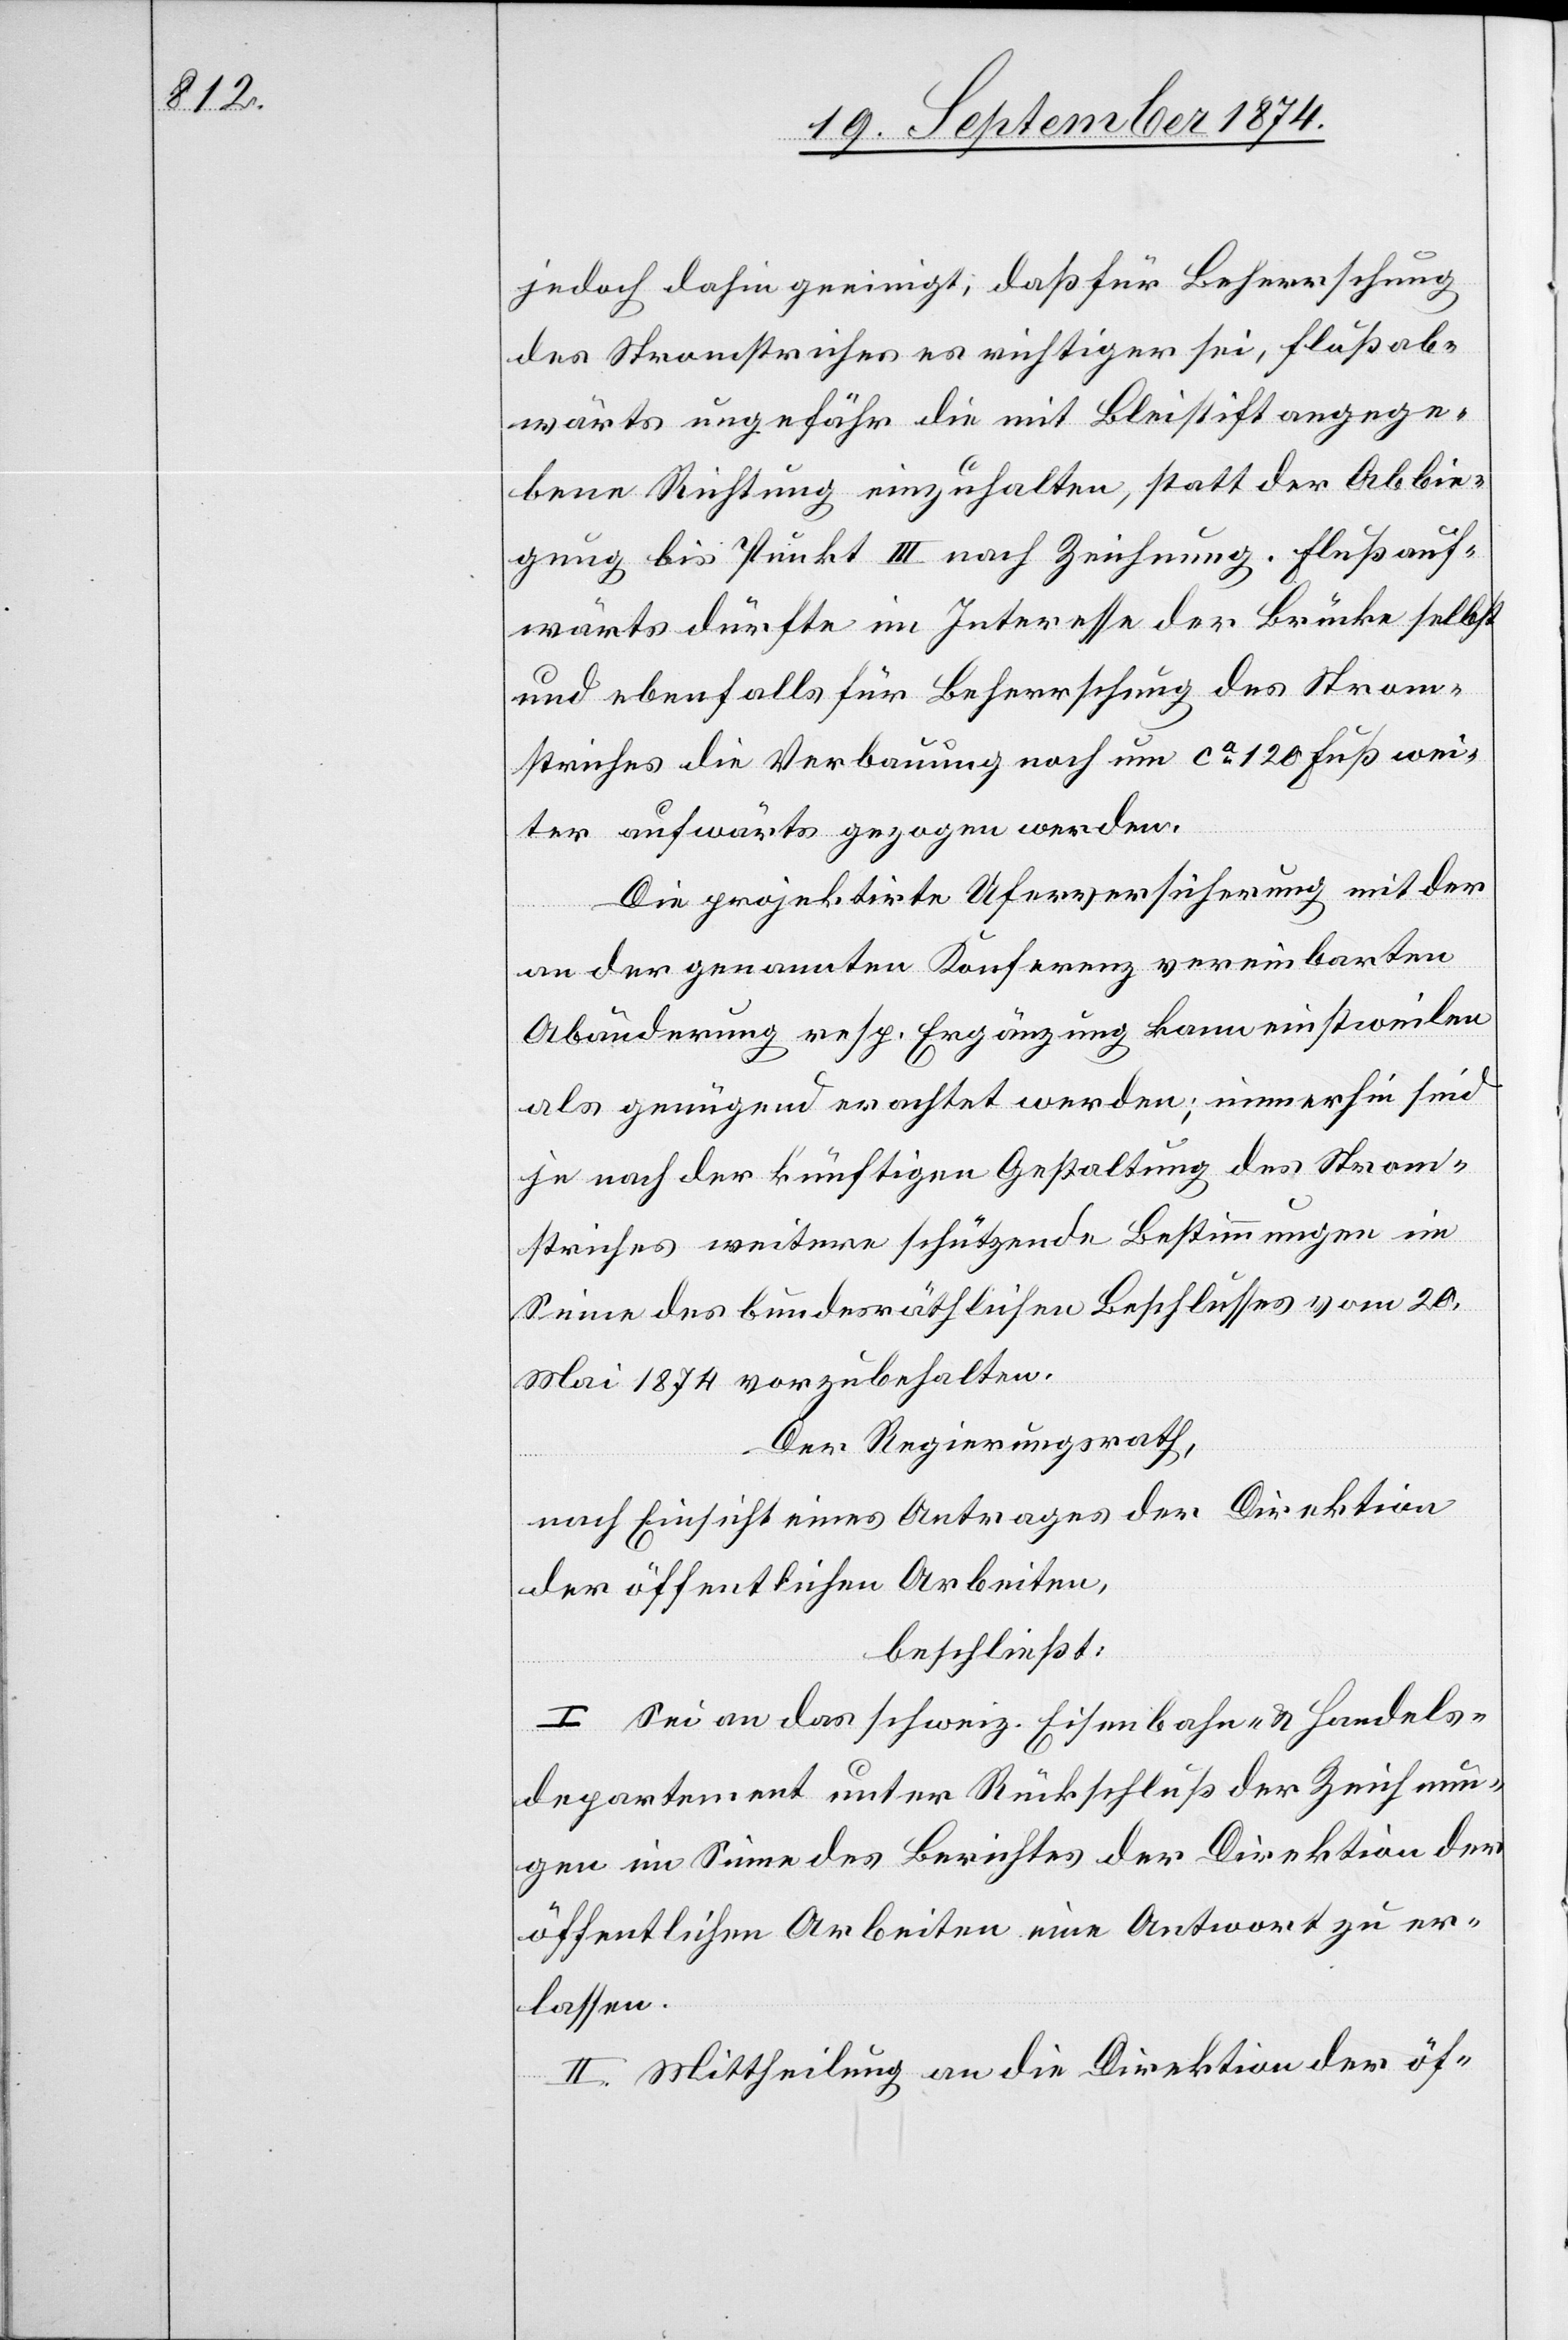
jedoch dahin geeinigt, daß für Beherrschung
des Stromstriches es richtiger sei, flußab¬
wärts ungefähr die mit Bleistift angege¬
bene Richtung einzuhalten, statt der Abbie¬
gung bis Punkt III nach Zeichnung. Flußauf¬
wärts dürfte im Interesse der Brücke selbst
und ebenfalls für Beherrschung des Strom¬
striches die Verbauung noch um ca 120 Fuß wei¬
ter aufwärts gezogen werden.
Die projektirte Uferversicherung mit der
an der genannten Konferenz vereinbarten
Abänderung resp. Ergänzung kann einstweilen
als genügend erachtet werden; immerhin sind
je nach der künftigen Gestaltung des Strom¬
striches weitere schützende Bestimmungen im
Sinne des bundesräthlichen Beschlusses vom 20.
Mai 1874 vorzubehalten.
Der Regierungsrath,
nach Einsicht eines Antrages der Direktion
der öffentlichen Arbeiten,
beschließt:
I. Sei an das schweiz. Eisenbahn- & Handels¬
departement unter Rückschluß der Zeichnun¬
gen im Sinne des Berichtes der Direktion der
öffentlichen Arbeiten eine Antwort zu er¬
lassen.
II. Mittheilung an die Direktion der öf-